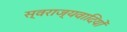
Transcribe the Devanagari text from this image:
स्वराज्यवादियों